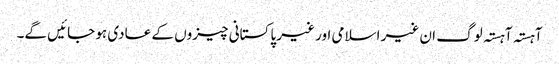
آہستہ آہستہ لوگ ان غیر اسلامی اور غیر پاکستانی چیزوں کے عادی ہو جائیں گے۔